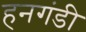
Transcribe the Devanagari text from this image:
हनगंडी